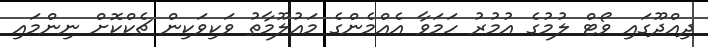
ދިއްދޫގައި ވޯޓް ލުމުގެ އުމުރު ހަމަވާ އެއްމެންގެ މައުލޫމާތު ވަކިވަކިން ޗެކްކޮށް ނިންމައި